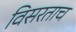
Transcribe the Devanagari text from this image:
विसरताच